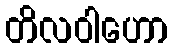
တိလဝါဟော